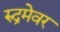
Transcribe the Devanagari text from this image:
रुद्रमेवर